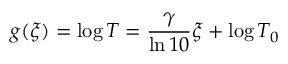
g ( \xi ) = \log T = \frac { \gamma } { \ln 1 0 } \xi + \log T _ { 0 }